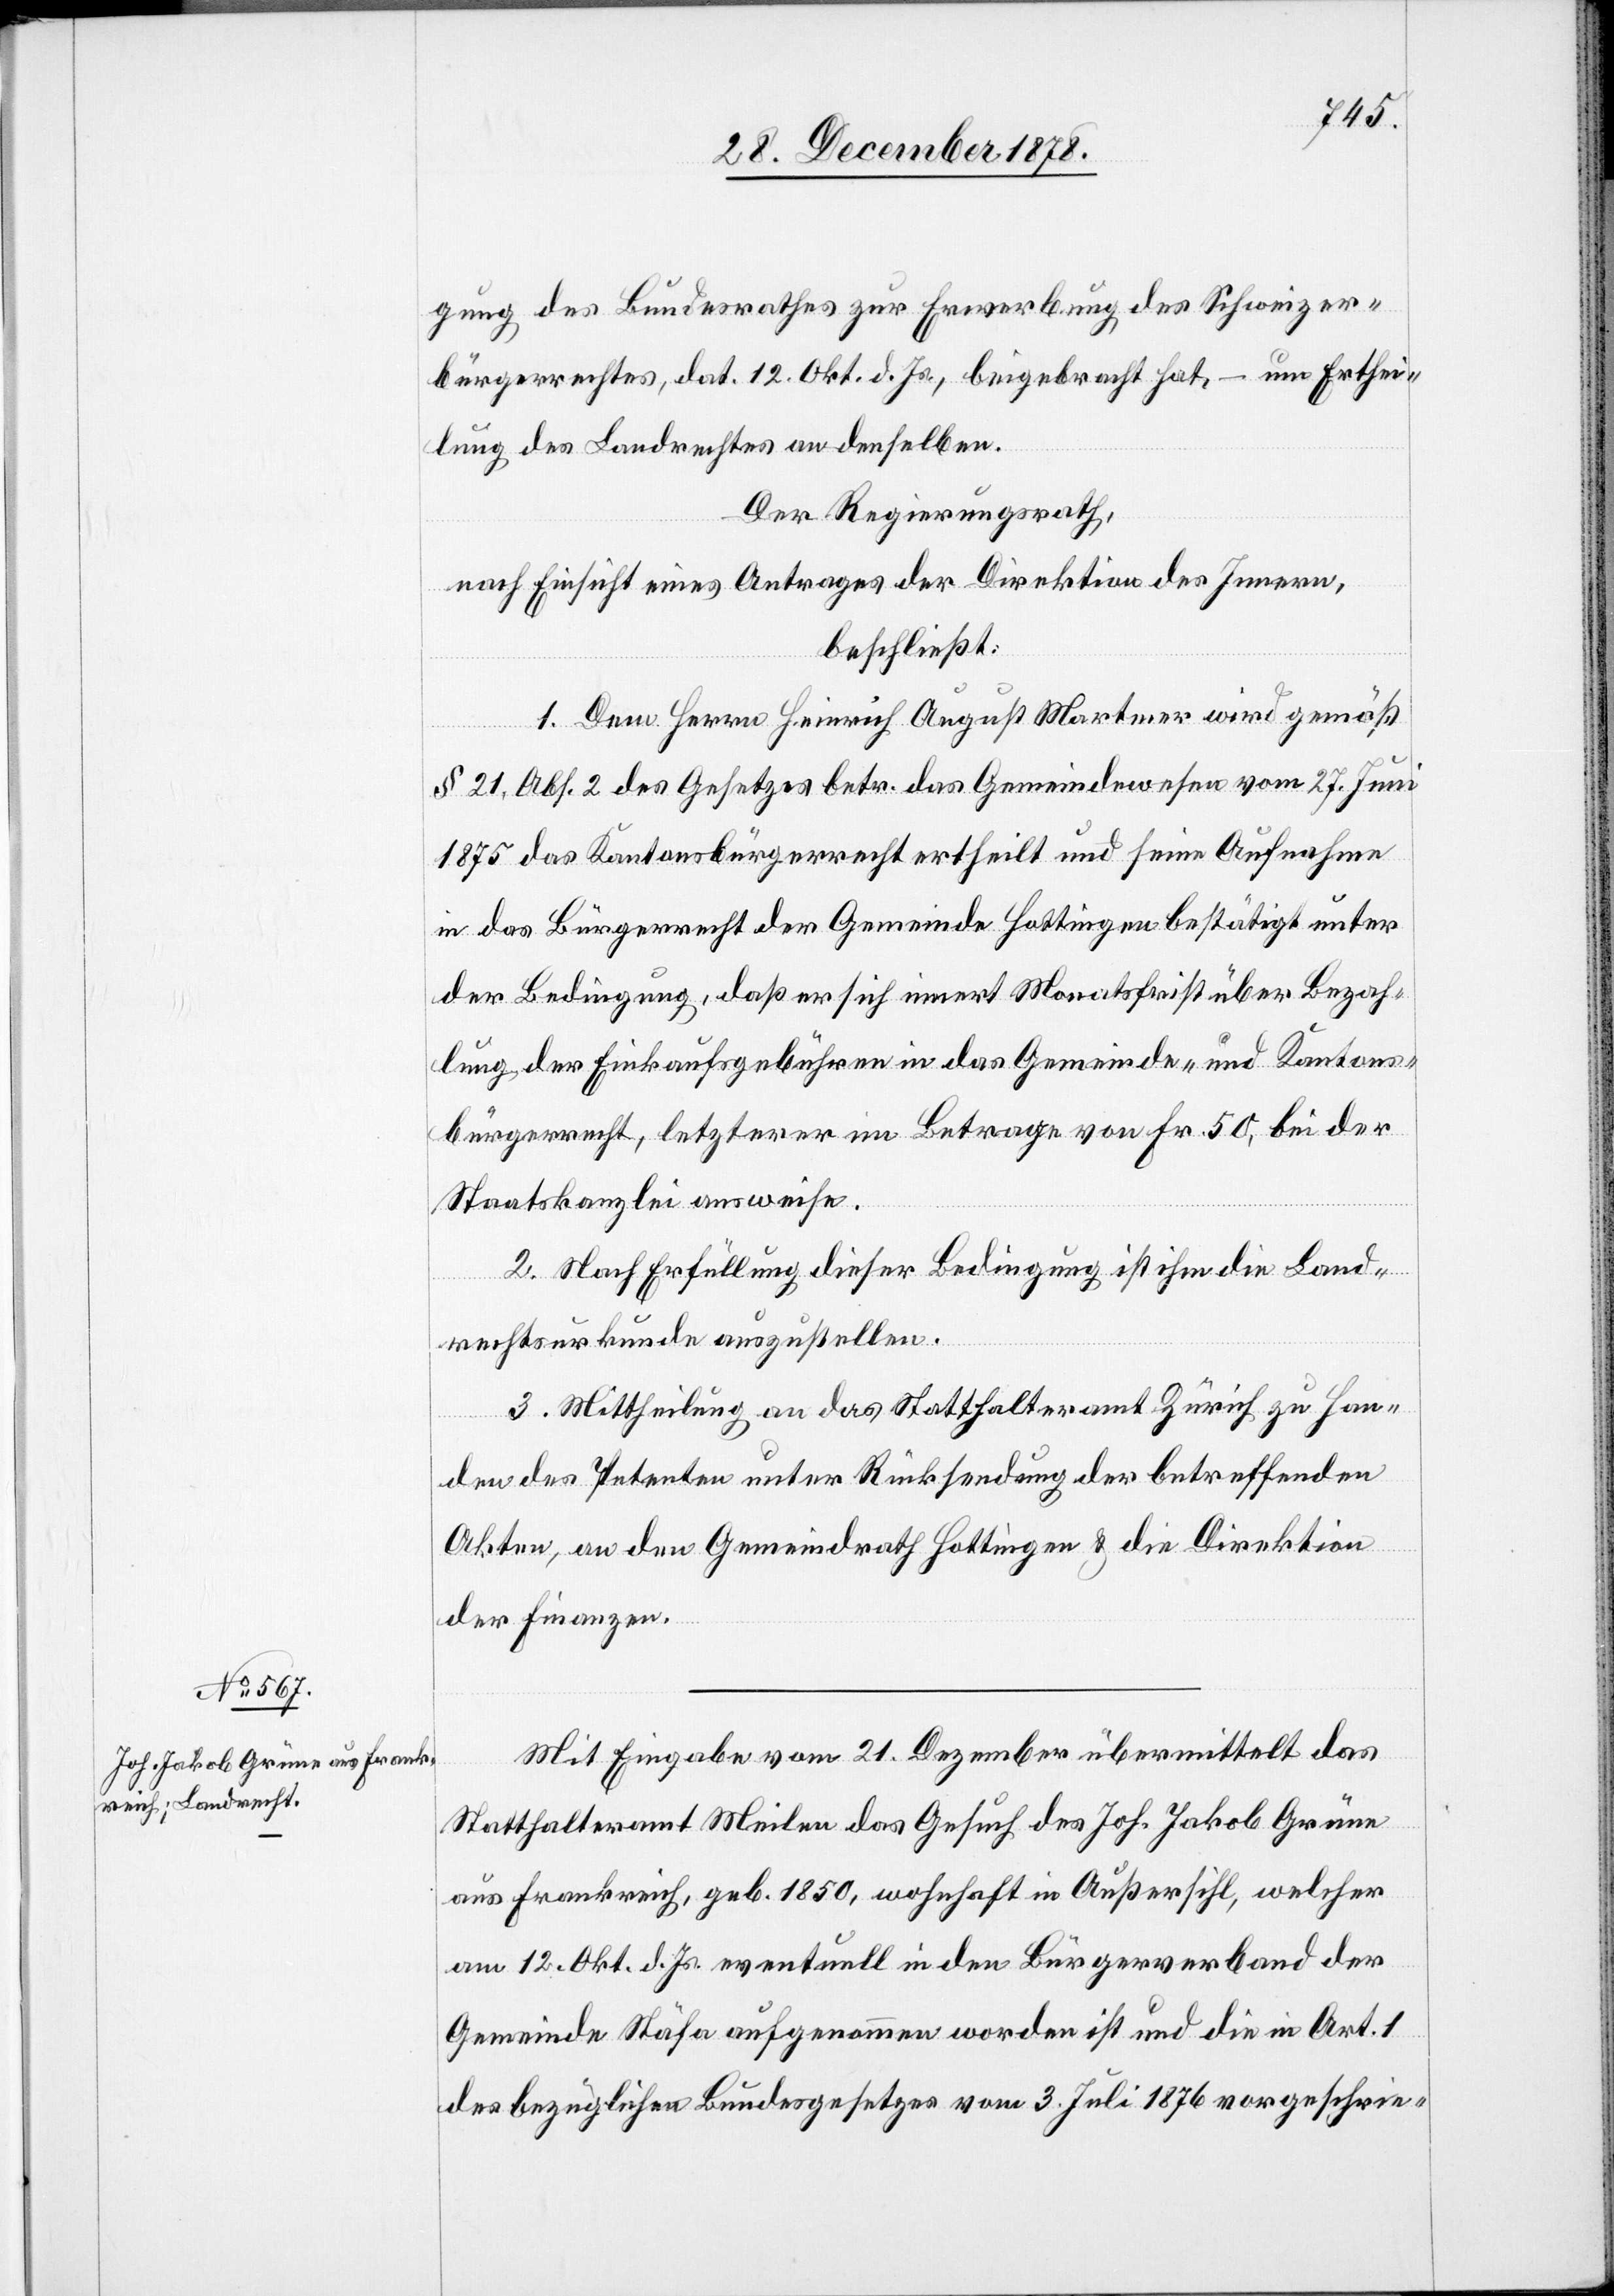
gung des Bundesrathes zur Erwerbung des Schweizer¬
bürgerrechtes, dat. 12. Okt. d. Js., beigebracht hat, – um Erthei¬
lung des Landrechtes an denselben.
Der Regierungsrath,
nach Einsicht eines Antrages der Direktion des Innern,
beschließt:
1. Dem Herrn Heinrich August Martmer wird gemäß
§ 21 Abs. 2 des Gesetzes betreffend das Gemeindewesen vom 27. Juni
1875 das Kantonsbürgerrecht ertheilt und seine Aufnahme
in das Bürgerrecht der Gemeinde Hottigen bestätigt unter
der Bedingung, daß er sich innert Monatsfrist über Bezah¬
lung der Einkaufsgebühren in das Gemeinde- & Kantons¬
bürgerrecht, letzterer im Betrage von Fr. 50, bei der
Staatskanzlei ausweise.
2. Nach Erfüllung dieser Bedingung ist ihm die Land¬
rechtsurkunde auszustellen.
3. Mittheilung an das Statthalteramt Zürich zu Han¬
den des Petenten unter Rücksendung der betreffenden
Akten, an den Gemeindrath Hottingen und an die Direktion
der Finanzen.
Mit Eingabe vom 21. Dezember übermittelt das
Statthalteramt Meilen das Gesuch des Joh. Jakob Grüne
aus Frankreich, geb. 1850, wohnhaft in Außersihl, welcher
am 12. Okt. d. Js. eventuell in den Bürgerverband der
Gemeinde Stäfa aufgenommen worden ist und die In Art. 1
des bezüglichen Bundesgesetzes vom 3. Juli 1876 vorgeschrie-